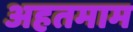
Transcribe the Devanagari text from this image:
अहतमाम